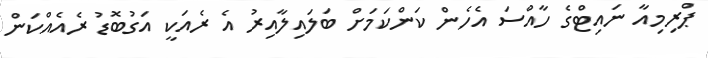
ޕްރިމިއާ ނައިޓްގެ ހާއްސަ އެހެން ކަންކަމަށް ބަލައިލާއިރު އެ ރެއަކީ އަގުބޮޑު ރެއެއްކަން